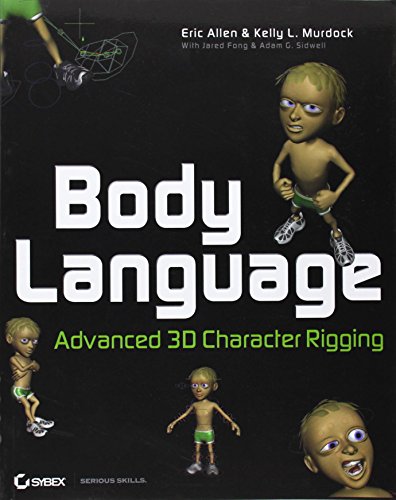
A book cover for Body Language: Advanced 3D Character Rigging; Eric Allen; Computers & Technology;